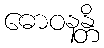
ဓောဝနန္တိ